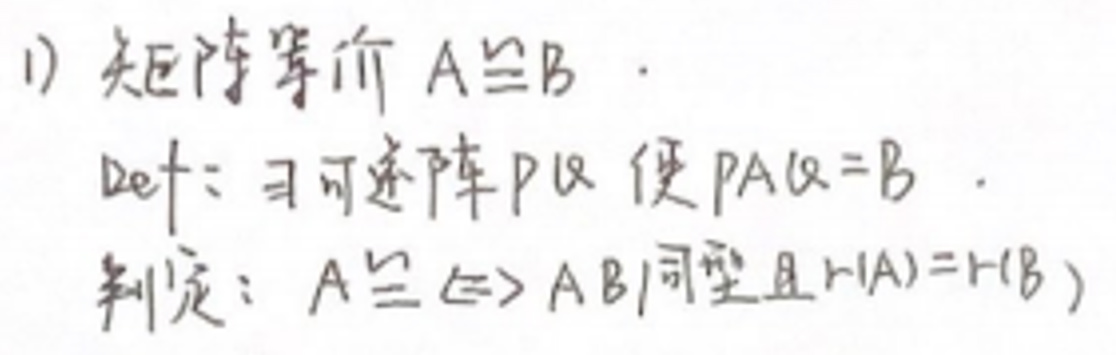
1) 矩阵等价 \(A\cong B\).

Def: 可逆矩阵 \(P,Q\) 使 \(PAQ = B\).

判定: \(A\cong B \Leftrightarrow AB\) 同型且 \(r(A)=r(B)\)